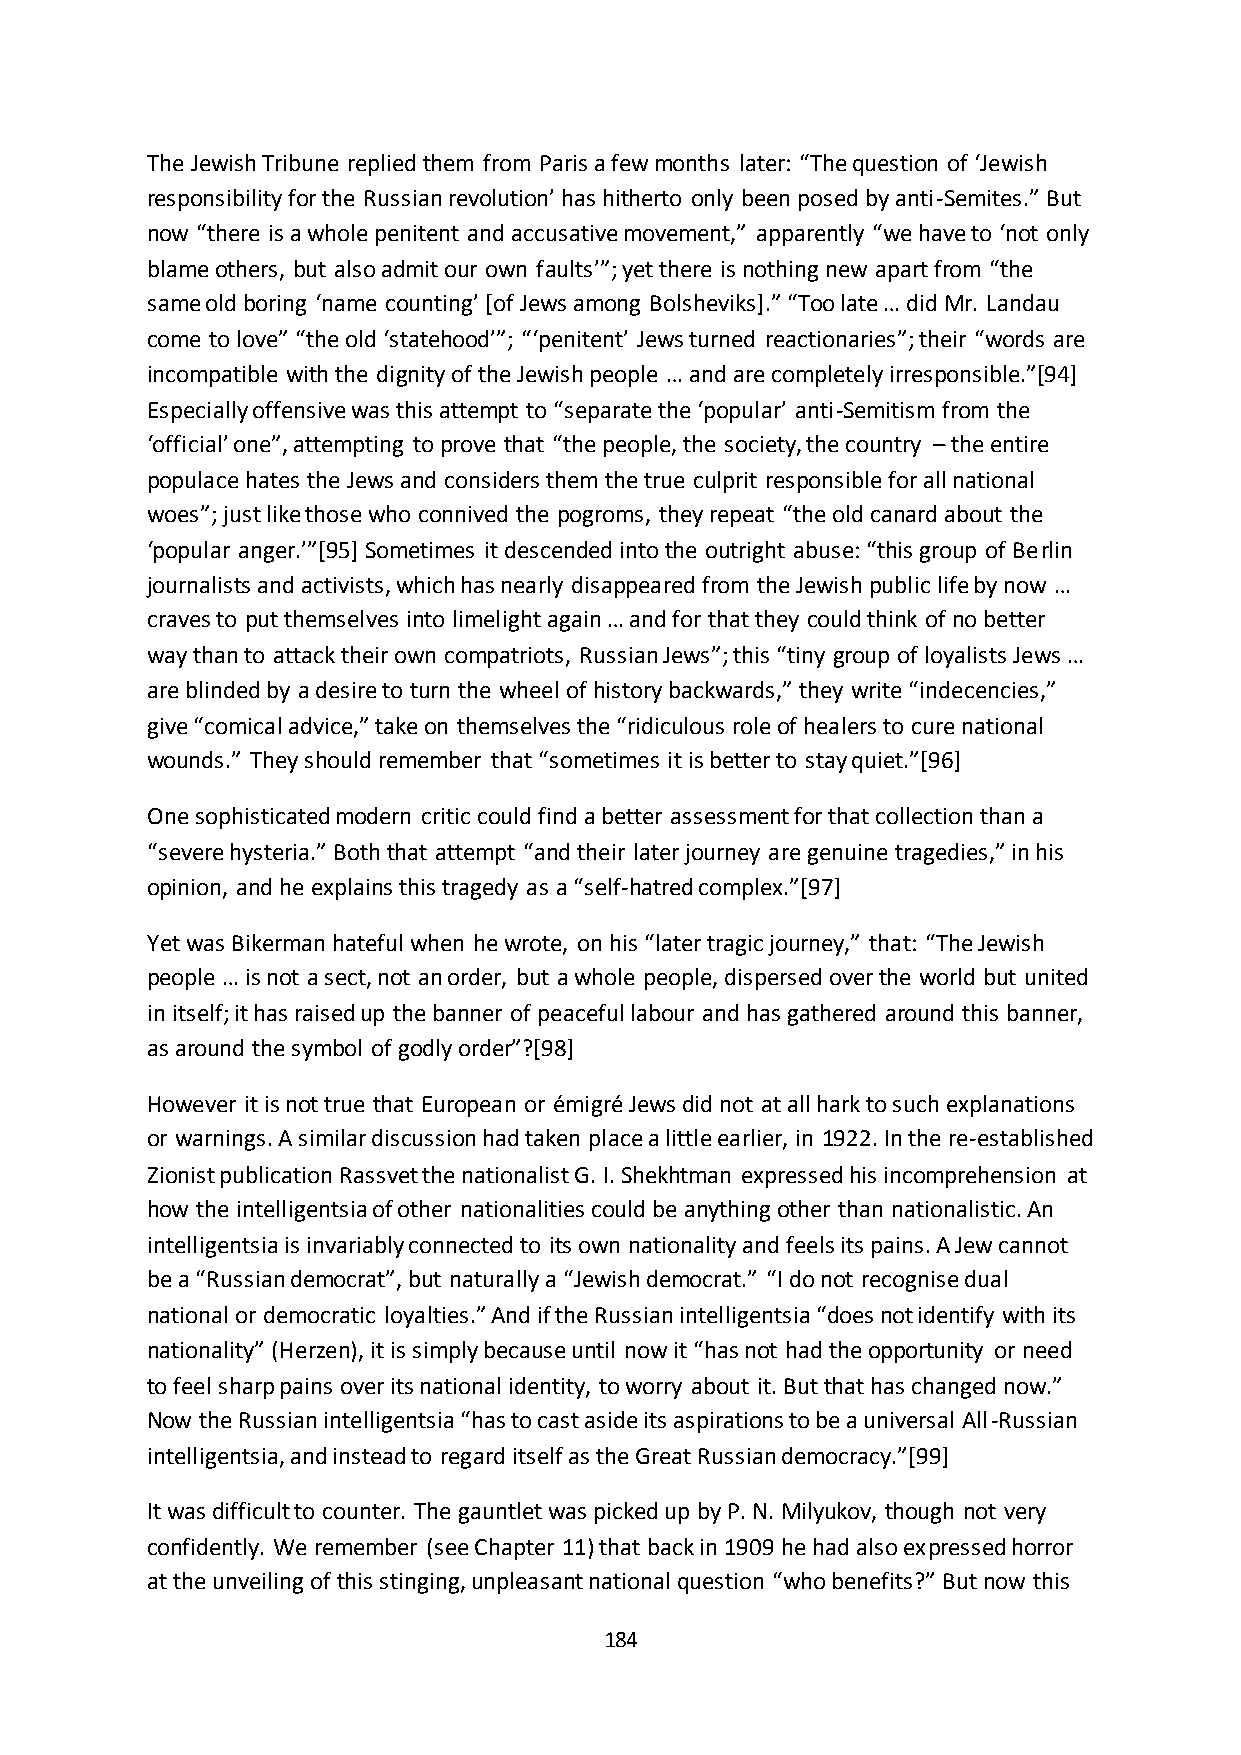
The Jewish Tribune replied them from Paris a few months later: “The question of ‘Jewish
 responsibility for the Russian revolution’ has hitherto only been posed by anti-Semites.” But
 now “there is a whole penitent and accusative movement,” apparently “we have to ‘not only
 blame others, but also admit our own faults’”; yet there is nothing new apart from “the
 same old boring ‘name counting’ *of Jews among Bolsheviks+.” “Too late … did Mr. Landau
 come to love” “the old ‘statehood’”; “‘penitent’ Jews turned reactionaries”; their “words are
 incompatible with the dignity of the Jewish people … and are completely irresponsible.”*94+
 Especially offensive was this attempt to “separate the ‘popular’ anti-Semitism from the
 ‘official’ one”, attempting to prove that “the people, the society, the country – the entire
 populace hates the Jews and considers them the true culprit responsible for all national
 woes”; just like those who connived the pogroms, they repeat “the old canard about the
 ‘popular anger.’”*95+ Sometimes it descended into the outright abuse: “this group of Berlin
 journalists and activists, which has nearly disappeared from the Jewish public life by now …
 craves to put themselves into limelight again … and for that they could think of no better
 way than to attack their own compatriots, Russian Jews”; this “tiny group of loyalists Jews …
 are blinded by a desire to turn the wheel of history backwards,” they write “indecencies,”
 give “comical advice,” take on themselves the “ridiculous role of healers to cure national
 wounds.” They should remember that “sometimes it is better to stay quiet.”*96+
 One sophisticated modern critic could find a better assessment for that collection than a
 “severe hysteria.” Both that attempt “and their later journey are genuine tragedies,” in his
 opinion, and he explains this tragedy as a “self-hatred complex.”*97+
 Yet was Bikerman hateful when he wrote, on his “later tragic journey,” that: “The Jewish
 people … is not a sect, not an order, but a whole people, dispersed over the world but united
 in itself; it has raised up the banner of peaceful labour and has gathered around this banner,
 as around the symbol of godly order”?*98+
 However it is not true that European or émigré Jews did not at all hark to such explanations
 or warnings. A similar discussion had taken place a little earlier, in 1922. In the re-established
 Zionist publication Rassvet the nationalist G. I. Shekhtman expressed his incomprehension at
 how the intelligentsia of other nationalities could be anything other than nationalistic. An
 intelligentsia is invariably connected to its own nationality and feels its pains. A Jew cannot
 be a “Russian democrat”, but naturally a “Jewish democrat.” “I do not recognise dual
 national or democratic loyalties.” And if the Russian intelligentsia “does not identify with its
 nationality” (Herzen), it is simply because until now it “has not had the opportunity or need
 to feel sharp pains over its national identity, to worry about it. But that has changed now.”
 Now the Russian intelligentsia “has to cast aside its aspirations to be a universal All-Russian
 intelligentsia, and instead to regard itself as the Great Russian democracy.”*99+
 It was difficult to counter. The gauntlet was picked up by P. N. Milyukov, though not very
 confidently. We remember (see Chapter 11) that back in 1909 he had also expressed horror
 at the unveiling of this stinging, unpleasant national question “who benefits?” But now this
 184